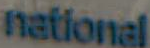
national